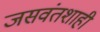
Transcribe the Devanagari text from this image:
जसवंतशाही